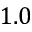
1 . 0